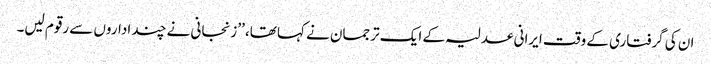
ان کی گرفتاری کے وقت ایرانی عدلیہ کے ایک ترجمان نے کہا تھا، ’’زنجانی نے چند اداروں سے رقوم لیں۔